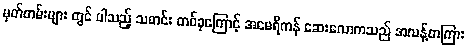
မှတ်တမ်းများ တွင် ပါသည့် သတင်း တစ်ခုကြောင့် အမေရိကန် ဆေးလောကသည် အလန့်တကြား